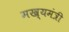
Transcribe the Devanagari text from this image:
मख्यमंत्री